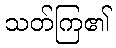
သတ်ကြ၏